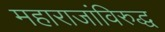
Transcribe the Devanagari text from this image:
महाराजांविरुद्ध